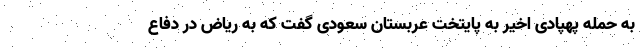
به حمله پهپادی اخیر به پایتخت عربستان سعودی گفت که به ریاض در دفاع